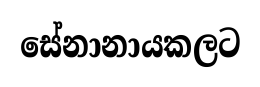
සේනානායකලට